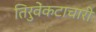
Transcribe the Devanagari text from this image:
तिरुवेंकटाचारी